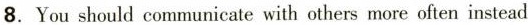
8.You should communicate with others more often instead